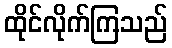
ထိုင်လိုက်ကြသည်